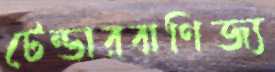
টেন্ডারবাণিজ্য